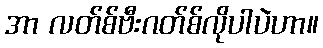
အာ လတ်စ်ဗီးဂတ်စ်လိုပါပဲဟာ။